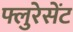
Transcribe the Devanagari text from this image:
फ्लुरेसेंट